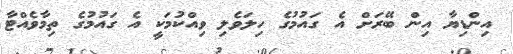
އިންޑިޔާ އިން ބޭރަށް އެ ގައުމުގެ ހިލަވެލި ވިއްކުމަކީ އެ ގައުމުގެ ތިމާވެއްޓާ